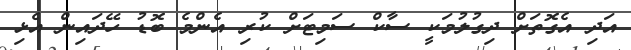
އަދި އެގޮތަށް ދިގުލުމަކީ ސާކް ސަމިޓަށް ކުރި އެންމެ ބޮޑު ހޭދައިން އެޅި